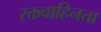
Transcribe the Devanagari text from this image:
रक्तवाहिनता